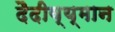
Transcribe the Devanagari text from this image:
दैदीव्य्मान